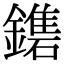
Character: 𨮀